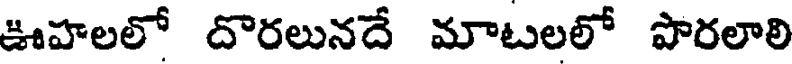
ఊహలలో దొరలునదే మాటలలో పొరలాలి